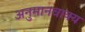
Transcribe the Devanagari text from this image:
अनुमानवाक्य